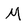
Character: M